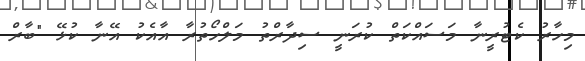
މިހާރު ކެޓުރީނާ މަސައްކަތް ކުރަނީ ސިދާރްތު މަލްހޯތުރާ އާއެކު އޭނާ ކުޅޭ "ބާރް